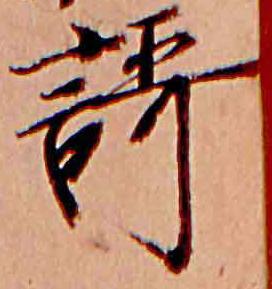
謌